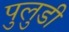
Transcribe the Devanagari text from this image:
पुलुडी